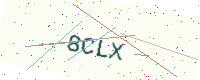
Text: 8CLX